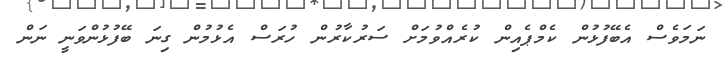
ނަމަވެސް އެބޭފުޅުން ކެމްޕެއިން ކުރެއްވުމަށް ސަރުކާރުން ހުރަސް އެޅުމުން ގިނަ ބޭފުޅުންވަނީ ނަން